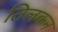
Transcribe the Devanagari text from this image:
तिलकन